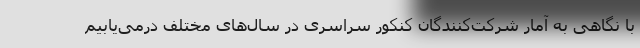
با نگاهی به آمار شرکت‌کنندگان کنکور سراسری در سال‌های مختلف درمی‌یابیم